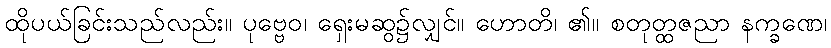
ထိုပယ်ခြင်းသည်လည်း။ ပုဗ္ဗေဝ၊ ရှေးမဆွ၌လျှင်။ ဟောတိ၊ ၏။ စတုတ္ထဇညာ နက္ခဏေ၊